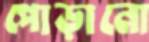
পোড়ানো